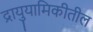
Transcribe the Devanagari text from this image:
द्रायुयामिकीतील